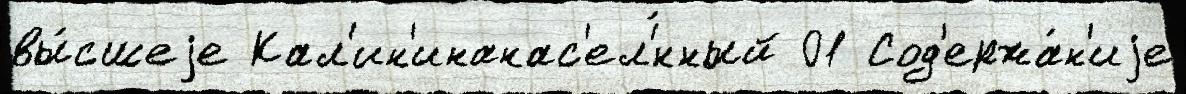
вы́сшеjе Кал'ин'инанас'ел'́нный 01 Сод'ержа́н'иjе